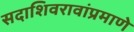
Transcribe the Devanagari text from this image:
सदाशिवरावांप्रमाणेे